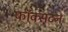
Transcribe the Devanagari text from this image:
फ़ॉक्सटन